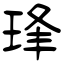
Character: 琒